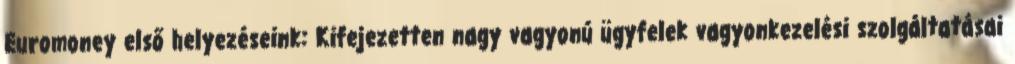
Euromoney első helyezéseink: Kifejezetten nagy vagyonú ügyfelek vagyonkezelési szolgáltatásai